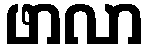
ဖာလာ